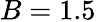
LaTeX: B=1.5